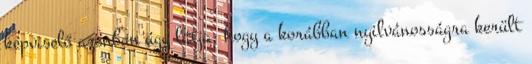
képviselő azonban úgy látja, hogy a korábban nyilvánosságra került